Annual report of the Punjab Veterinary College and of the Civil Veterinary Department, Punjab - 1920-1925
Year: 1920
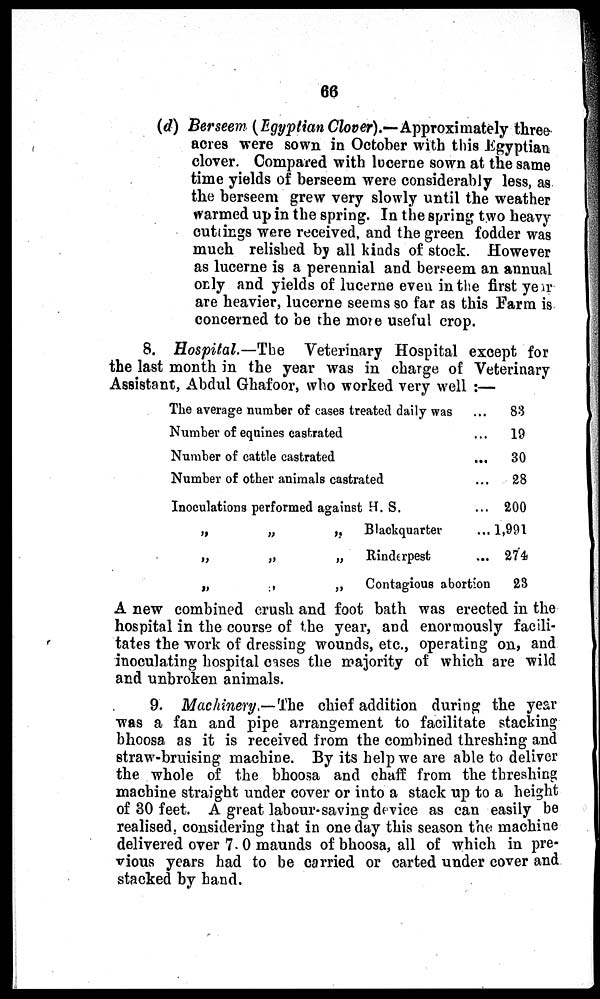
66
(d) Berseem (Egyptian Clover).— Approximately three
acres were sown in October with this Egyptian
clover. Compared with lucerne sown at the same
time yields of berseem were considerably less, as
the berseem grew very slowly until the weather
warmed up in the spring. In the spring two heavy
cuttings were received, and the green fodder was
much relished by all kinds of stock. However
as lucerne is a perennial and berseem an annual
only and yields of lucerne even in the first year
are heavier, lucerne seems so far as this Farm is
concerned to be the more useful crop.
8. Hospital.—The
Veterinary Hospital except for
the last month in the year was in charge of Veterinary
Assistant, Abdul Ghafoor, who worked very well :—
The average number of cases treated daily was
Number of equines castrated ...
Number of cattle castrated
Number of other animals castrated ...
Inoculations performed against H. S. ...
„
„
„
Blackquarter
„
„
„
Rinderpest ...
„
,
„
Contagious abortion
...
...
...
...
...
...
...
...
83
19
30
28
200
1,991
274
23
A new combined crush and foot bath was erected in the
hospital in the course of the year, and enormously facili-
tates the work of dressing wounds, etc., operating on, and
inoculating hospital cases the majority of which are wild
and unbroken animals.
9. Machinery.—The chief addition during the year
was a fan and pipe arrangement to facilitate stacking
bhoosa as it is received from the combined threshing and
straw-bruising machine. By its help we are able to deliver
the whole of the bhoosa and chaff from the threshing
machine straight under cover or into a stack up to a height
of 30 feet. A great labour-saving device as can easily be
realised, considering that in one day this season the machine
delivered over 7. 0 maunds of bhoosa, all of which in pre-
vious years had to be carried or carted under cover and
stacked by hand.